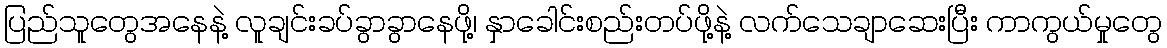
ပြည်သူတွေအနေနဲ့ လူချင်းခပ်ခွာခွာနေဖို့၊ နှာခေါင်းစည်းတပ်ဖို့နဲ့ လက်သေချာဆေးပြီး ကာကွယ်မှုတွေ